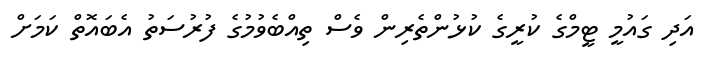
އަދި ގައުމީ ޓީމްގެ ކުރީގެ ކުޅުންތެރިން ވެސް ތިއްބެވުމުގެ ފުރުސަތު އެބައޮތް ކަމަށް